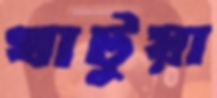
খাটুয়া